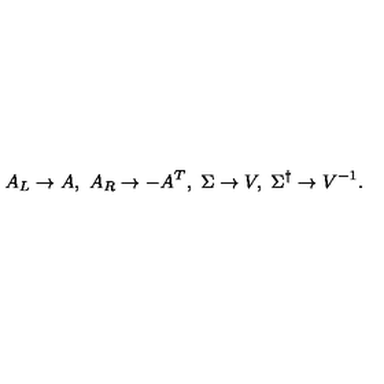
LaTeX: A _ { L } \to A , \ A _ { R } \to - A ^ { T } , \ \Sigma \to V , \ \Sigma ^ { \dagger } \to V ^ { - 1 } .